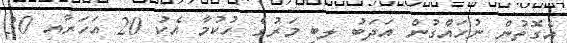
އެގޮތުން ނުހައްގުން އަދަބު ލިބި މަރުގެ ހުކުމާ އެކު 20 އަހަރާއި 30